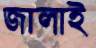
জালাই